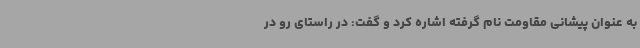
به عنوان پیشانی مقاومت نام گرفته اشاره کرد و گفت: در راستای رو در